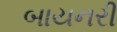
બાયનરી